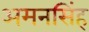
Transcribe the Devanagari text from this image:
अमनसिंह